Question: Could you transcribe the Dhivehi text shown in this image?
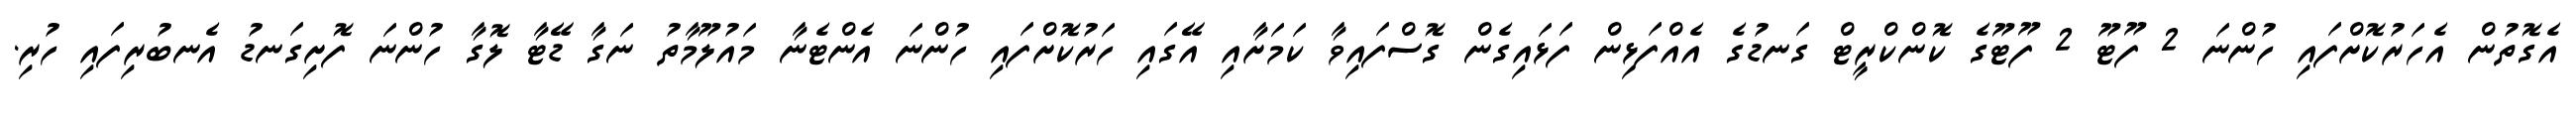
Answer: އެގޮތުން އެހަރުކޮށްފައި ހުންނަ 2 ފޫޓޫ 2 ފޫޓޫގެ ކޮންކްރީޓް ގަނޑުގެ އެއްފަޅިން ފަޅައިގެން ގޮސްފައިވާ ކަމަށާއި އޭގައި ހަރުކޮށްފައި ހުންނަ އެންޓެނާ މައުލޫމާތު ނަގާ ޑޭޓާ ލޮގާ ހުންނަ ފޮށިގަނޑު އެނބުރިފައި ހުރި.